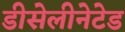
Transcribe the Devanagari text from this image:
डीसेलीनेटेड